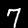
Label: 7